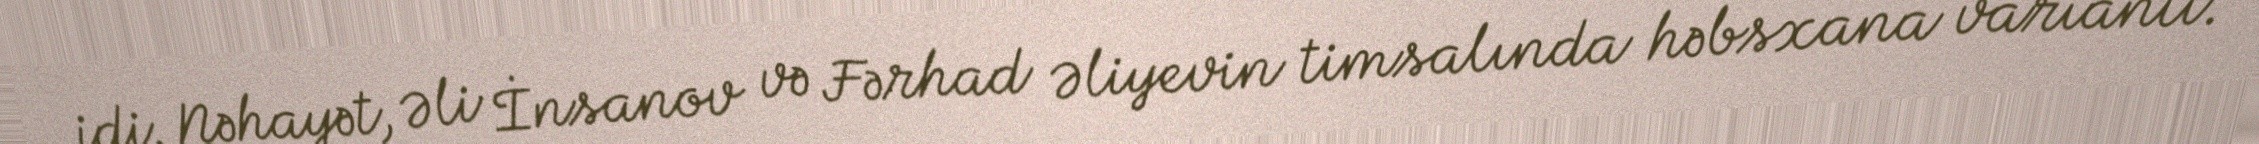
idi. Nəhayət, Əli İnsanov və Fərhad Əliyevin timsalında həbsxana variantı.